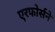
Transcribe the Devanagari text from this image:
एरफोर्सने